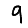
Digit: 9